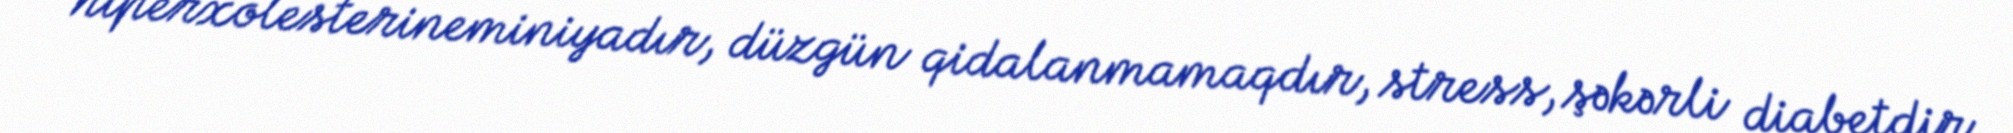
hiperxolesterineminiyadır, düzgün qidalanmamaqdır, stress, şəkərli diabetdir,